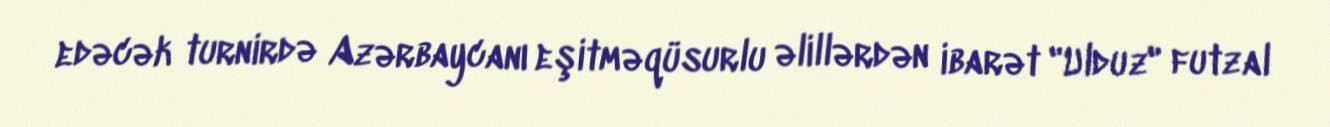
edəcək turnirdə Azərbaycanı eşitməqüsurlu əlillərdən ibarət "Ulduz" futzal